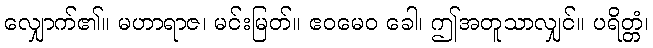
လျှောက်၏။ မဟာရာဇ၊ မင်းမြတ်။ ဧဝမေဝ ခေါ၊ ဤအတူသာလျှင်။ ပရိတ္တံ၊